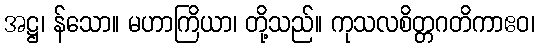
အဋ္ဌ၊ န်သော။ မဟာကြိယာ၊ တို့သည်။ ကုသလစိတ္တဂတိကာဧဝ၊